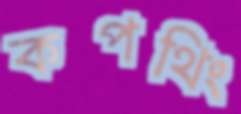
কপথিং